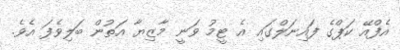
އެފްއޭ ކަޕްގެ ފައިނަލްގައި އެ ޓީމު ވަނީ މާޒިޔާ އަތުން ބަލިވެފަ އެވެ.